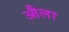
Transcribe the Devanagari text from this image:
औला